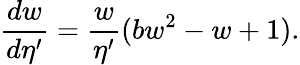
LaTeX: \frac{dw}{d\eta^{\prime}}=\frac{w}{\eta^{\prime}}(bw^{2}-w+1).